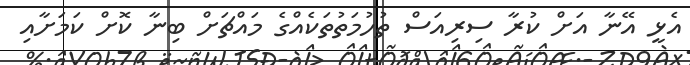
އެޅީ އޭނާ އަށް ކުރާ ސިރިއަސް ތުހުމަތުތަކެއްގެ މައްޗަށް ބިނާ ކޮށް ކަމަށާއި